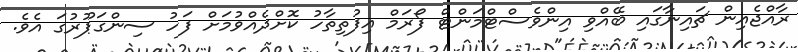
ރާއްޖެއިން ޗައިނާގައި ބޭއްވި އިންވެސްޓްމަންޓް ފޯރަމް އިފުތިތާހު ކޮށްދެއްވުމަށް ފަހު ސިންގަޕޫރުގަ އެވެ.